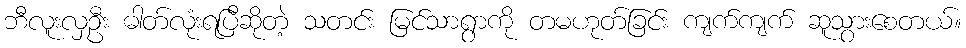
ဘီလူးလှဦး ဓါတ်လုံးရပြီဆိုတဲ့ သတင်း မြင်သာရွာကို တမဟုတ်ခြင်း ကျက်ကျက် ဆူသွားစေတယ်။